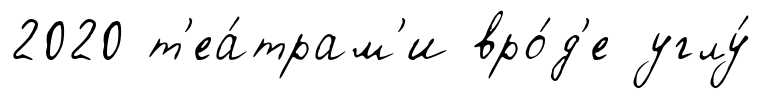
2020 т'еа́трам'и вро́д'е углу́